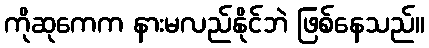
ကိုဆုကေက နားမလည်နိုင်ဘဲ ဖြစ်နေသည်။